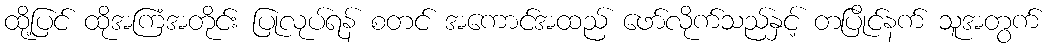
ထို့ပြင် ထိုအကြံအတိုင်း ပြုလုပ်ရန် စတင် အကောင်အထည် ဖော်လိုက်သည်နှင့် တပြိုင်နက် သူအတွက်